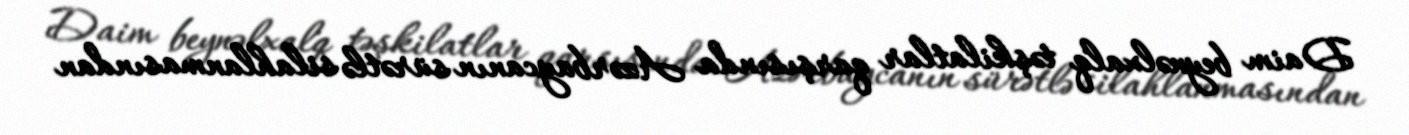
Daim beynəlxalq təşkilatlar qarşısında Azərbaycanın sürətlə silahlanmasından